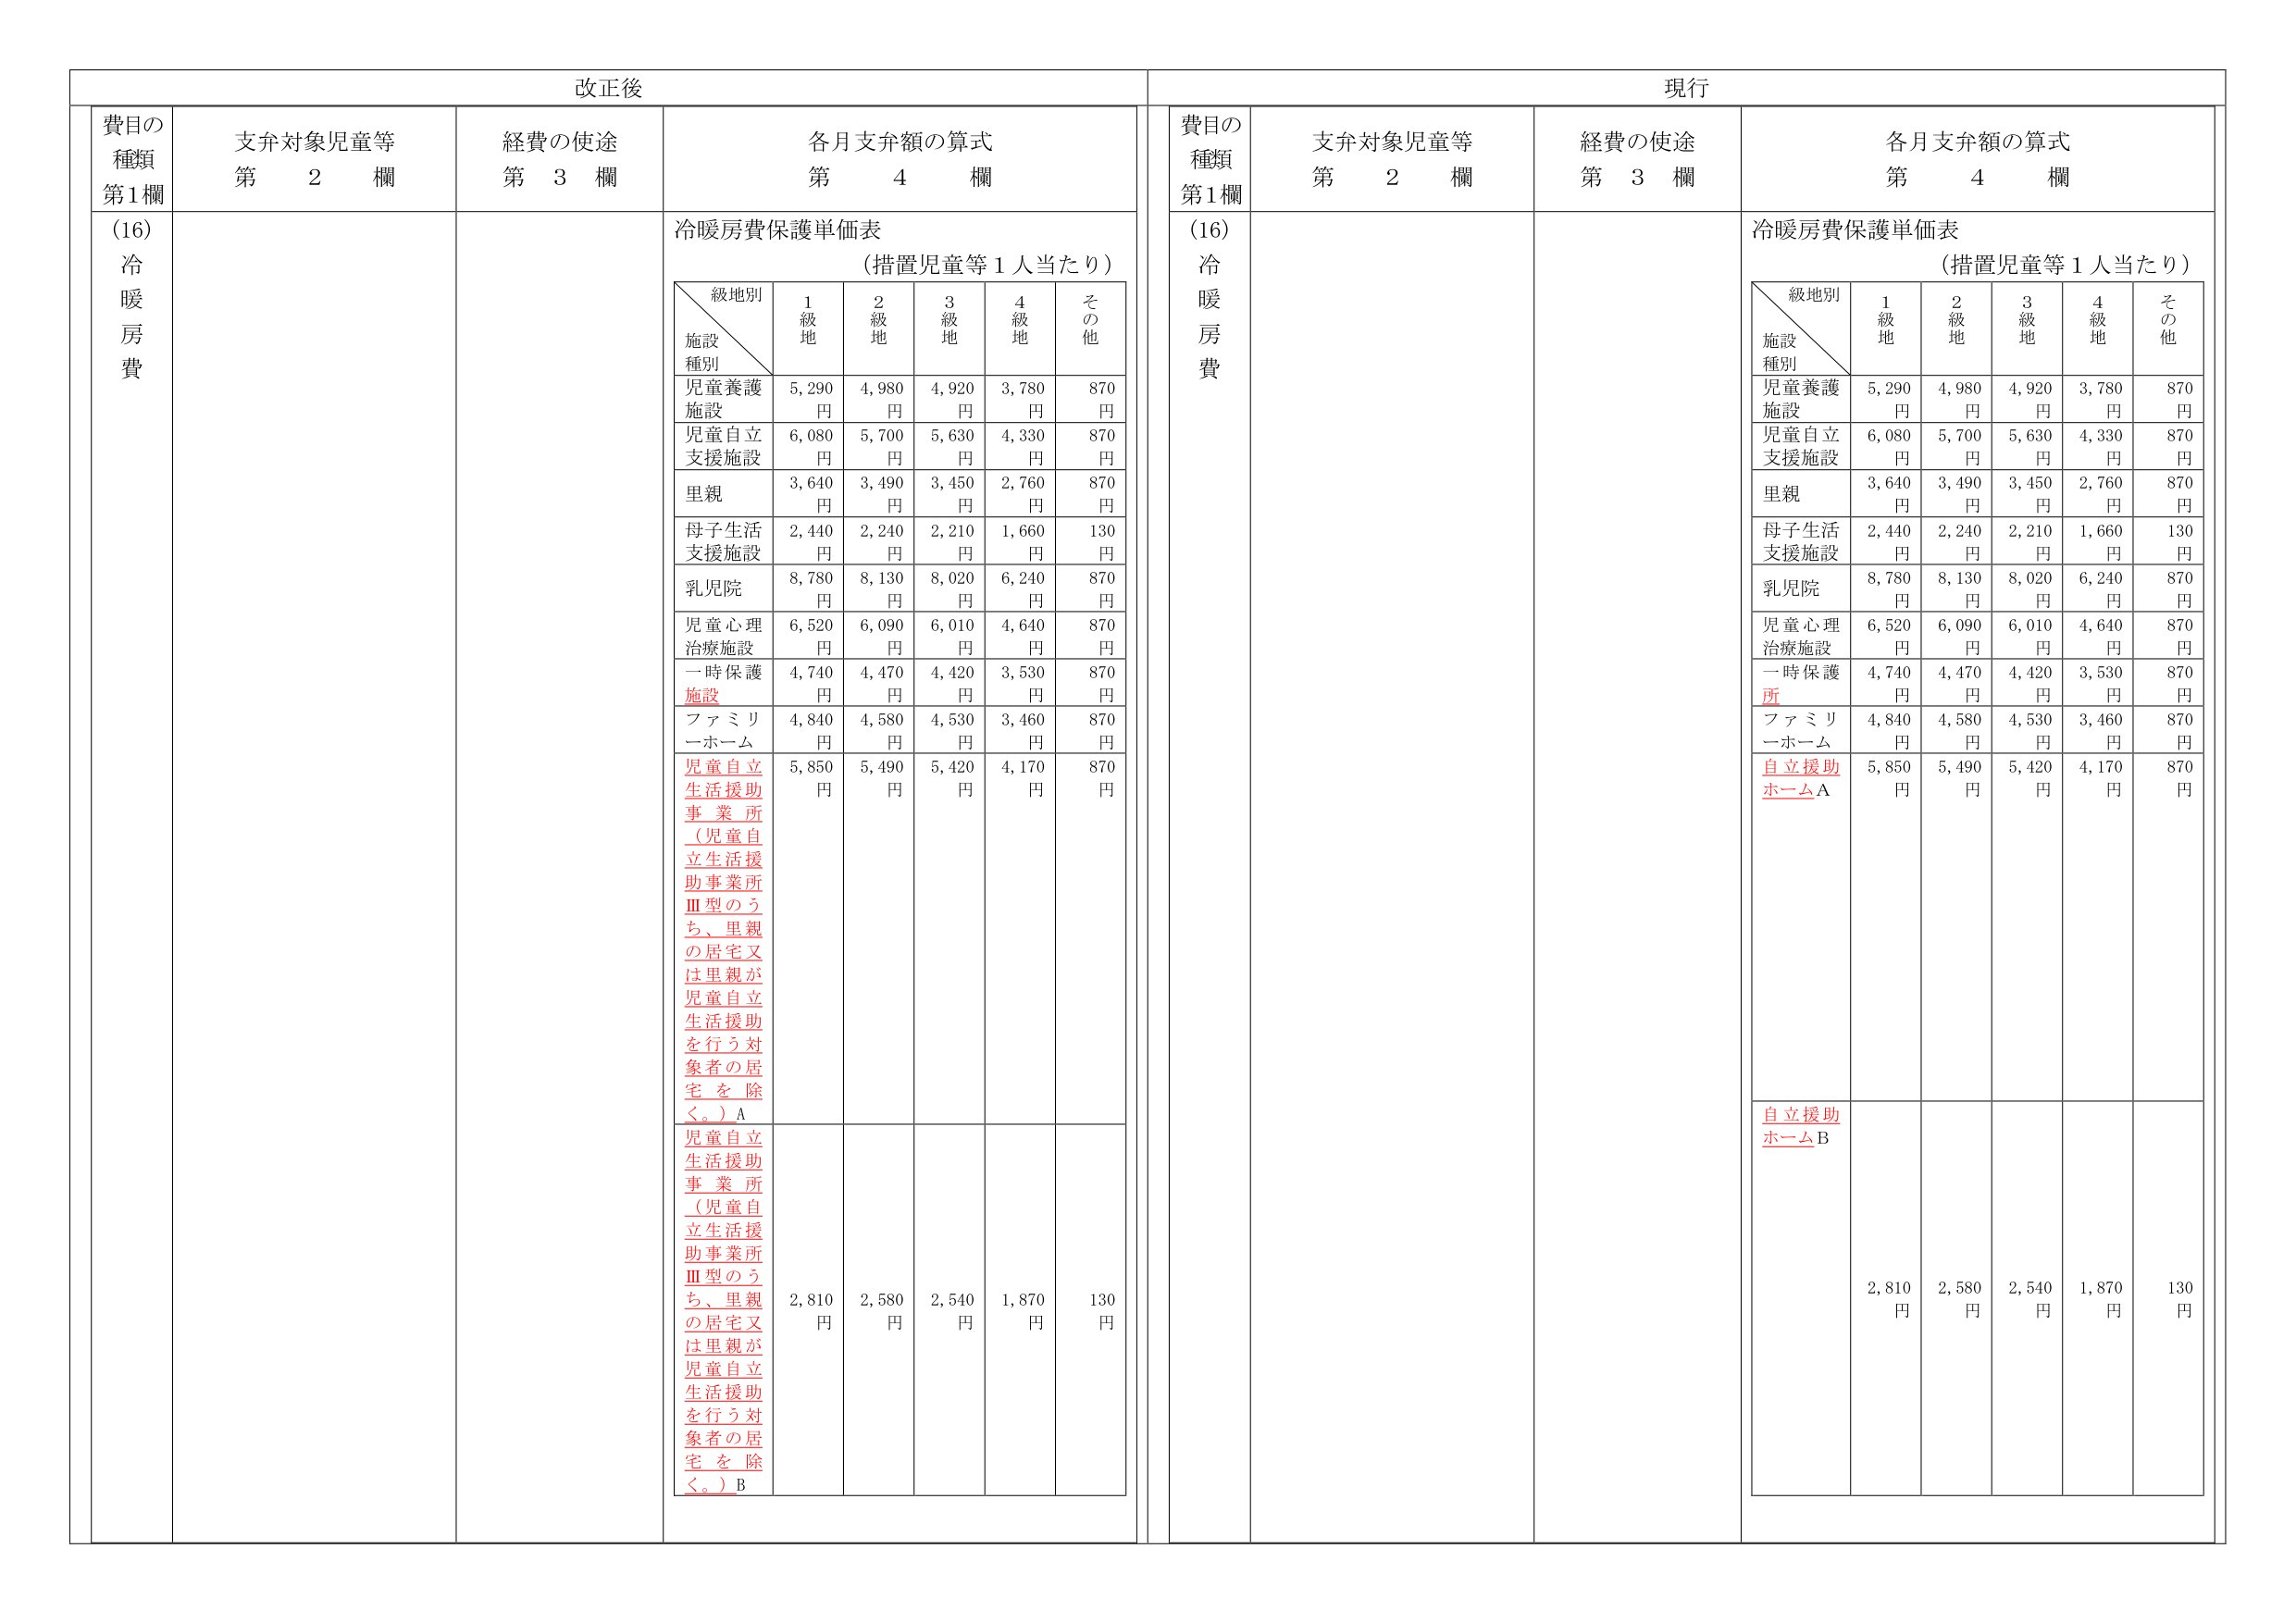
改正後

費目の
種類
第1欄

支弁対象児童等
第　2　欄

経費の使途
第　3　欄

各月支弁額の算式
第　4　欄

(16)
冷
暖
房
費

冷暖房費保護単価表
（措置児童等１人当たり）

級地別
施設
種別
1
級
地
2
級
地
3
級
地
4
級
地
そ
の
他

児童養護
施設
5,290
円
4,980
円
4,920
円
3,780
円
870
円

児童自立
支援施設
6,080
円
5,700
円
5,630
円
4,330
円
870
円

里親
3,640
円
3,490
円
3,450
円
2,760
円
870
円

母子生活
支援施設
2,440
円
2,240
円
2,210
円
1,660
円
130
円

乳児院
8,780
円
8,130
円
8,020
円
6,240
円
870
円

児童心理
治療施設
6,520
円
6,090
円
6,010
円
4,640
円
870
円

一時保護
施設
4,740
円
4,470
円
4,420
円
3,530
円
870
円

ファミリ
ーホーム
4,840
円
4,580
円
4,530
円
3,460
円
870
円

児童自立
生活援助
事業所
（児童自
立生活援
助事業所
Ⅲ型のう
ち、里親
の居宅又
は里親が
児童自立
生活援助
を行う対
象者の居
宅を除
く。）A
5,850
円
5,490
円
5,420
円
4,170
円
870
円

児童自立
生活援助
事業所
（児童自
立生活援
助事業所
Ⅲ型のう
ち、里親
の居宅又
は里親が
児童自立
生活援助
を行う対
象者の居
宅を除
く。）B
2,810
円
2,580
円
2,540
円
1,870
円
130
円

現行

費目の
種類
第1欄

支弁対象児童等
第　2　欄

経費の使途
第　3　欄

各月支弁額の算式
第　4　欄

(16)
冷
暖
房
費

冷暖房費保護単価表
（措置児童等１人当たり）

級地別
施設
種別
1
級
地
2
級
地
3
級
地
4
級
地
そ
の
他

児童養護
施設
5,290
円
4,980
円
4,920
円
3,780
円
870
円

児童自立
支援施設
6,080
円
5,700
円
5,630
円
4,330
円
870
円

里親
3,640
円
3,490
円
3,450
円
2,760
円
870
円

母子生活
支援施設
2,440
円
2,240
円
2,210
円
1,660
円
130
円

乳児院
8,780
円
8,130
円
8,020
円
6,240
円
870
円

児童心理
治療施設
6,520
円
6,090
円
6,010
円
4,640
円
870
円

一時保護
所
4,740
円
4,470
円
4,420
円
3,530
円
870
円

ファミリ
ーホーム
4,840
円
4,580
円
4,530
円
3,460
円
870
円

自立援助
ホームA
5,850
円
5,490
円
5,420
円
4,170
円
870
円

自立援助
ホームB
2,810
円
2,580
円
2,540
円
1,870
円
130
円